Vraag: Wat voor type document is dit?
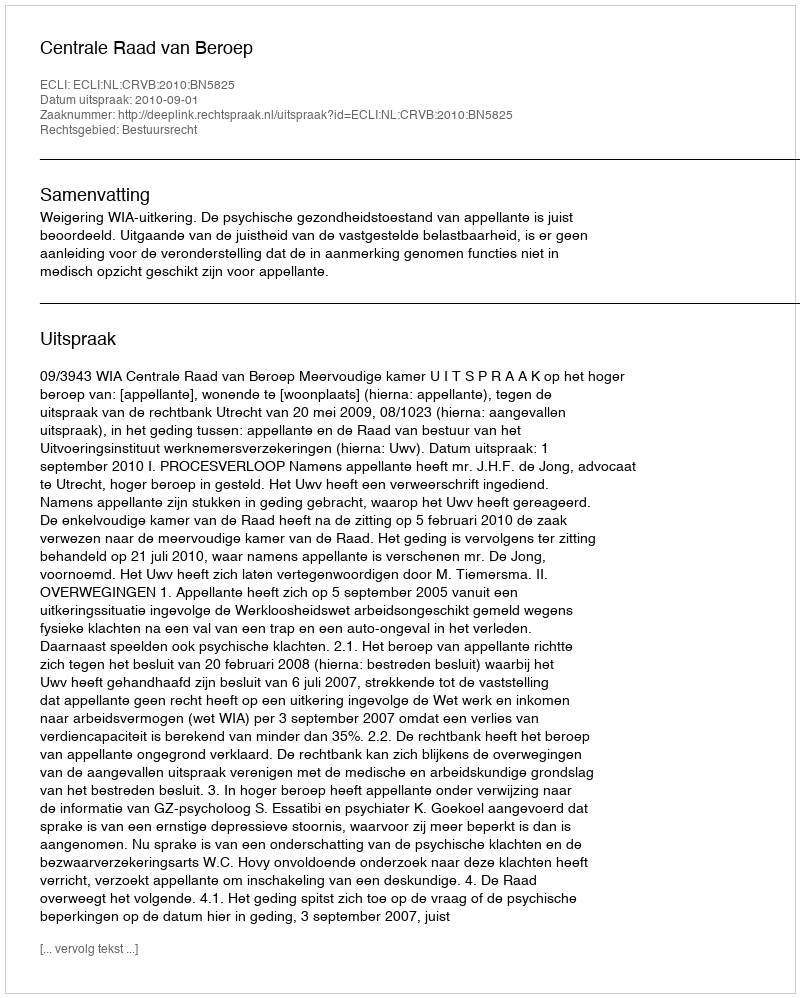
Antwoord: Uitspraak